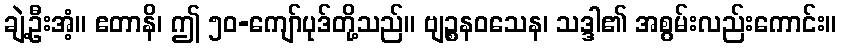
ချဲ့ဦးအံ့။ ဧတာနိ၊ ဤ ၅၀-ကျော်ပုဒ်တို့သည်။ ဗျဉ္စနဝသေန၊ သဒ္ဒါ၏ အစွမ်းလည်းကောင်း။